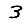
Digit: 3